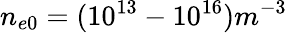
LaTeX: n_{e0}=(10^{13}-10^{16})m^{-3}